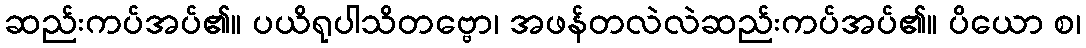
ဆည်းကပ်အပ်၏။ ပယိရုပါသိတဗ္ဗော၊ အဖန်တလဲလဲဆည်းကပ်အပ်၏။ ပိယော စ၊